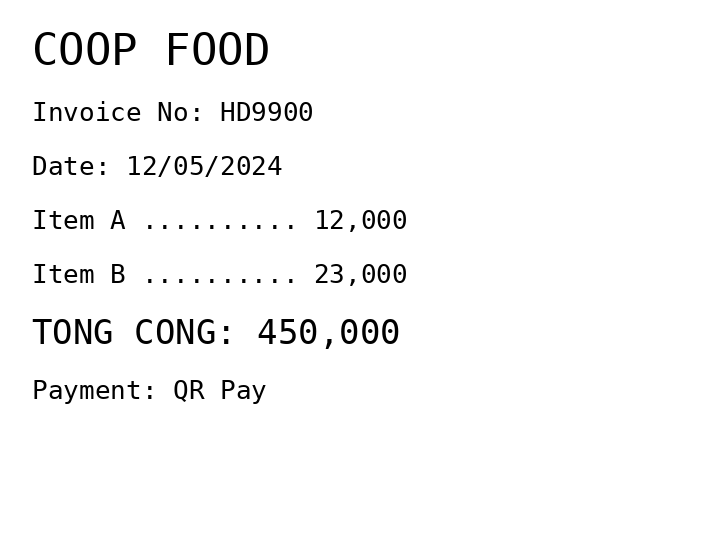
COOP FOOD
Invoice No: HD9900
Date: 12/05/2024
Item A .......... 12,000
Item B .......... 23,000
TONG CONG: 450,000
Payment: QR Pay
Merchant: coop food
Date: 2024-05-12
Total: 450000
Invoice No: HD9900
Payment method: QR